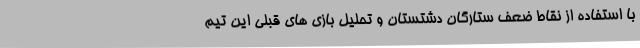
با استفاده از نقاط ضعف ستارگان دشتستان و تحلیل بازی های قبلی این تیم